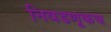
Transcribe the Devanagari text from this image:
निवडणूकच